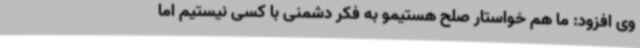
وی افزود: ما هم خواستار صلح هستیمو به فکر دشمنی با کسی نیستیم اما